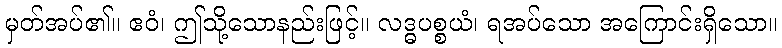
မှတ်အပ်၏။ ဧဝံ၊ ဤသို့သောနည်းဖြင့်။ လဒ္ဓပစ္စယံ၊ ရအပ်သော အကြောင်းရှိသော။